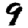
Digit: 9